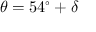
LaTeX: \theta = 5 4 ^ { \circ } + \delta